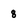
Character: 8